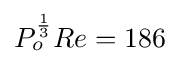
P_{o}^{1 \over 3}Re=186